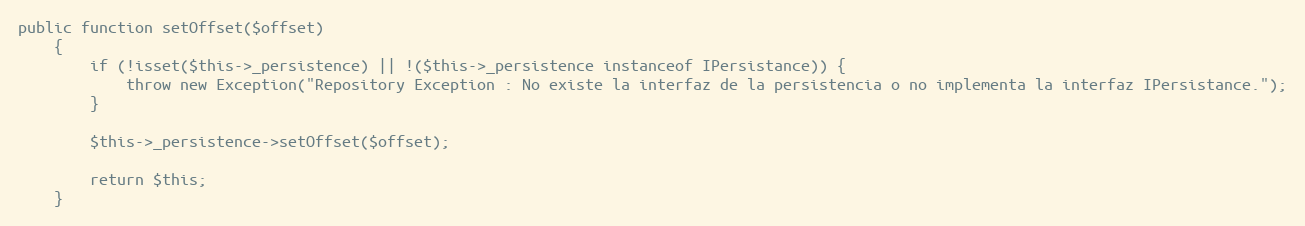
Language: PHP
public function setOffset($offset)
    {
        if (!isset($this->_persistence) || !($this->_persistence instanceof IPersistance)) {
            throw new Exception("Repository Exception : No existe la interfaz de la persistencia o no implementa la interfaz IPersistance.");
        }

        $this->_persistence->setOffset($offset);

        return $this;
    }